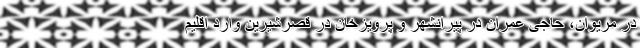
در مریوان، حاجی عمران در پیرانشهر و پرویزخان در قصرشیرین وارد اقلیم